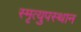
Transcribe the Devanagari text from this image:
स्मृत्युपस्थान